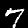
Digit: 7